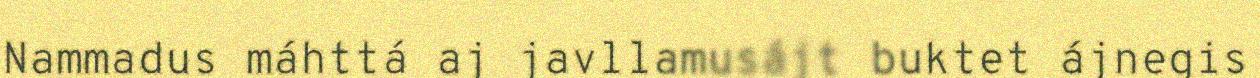
Nammadus máhttá aj javllamusájt buktet ájnegis